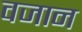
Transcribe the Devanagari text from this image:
वजान